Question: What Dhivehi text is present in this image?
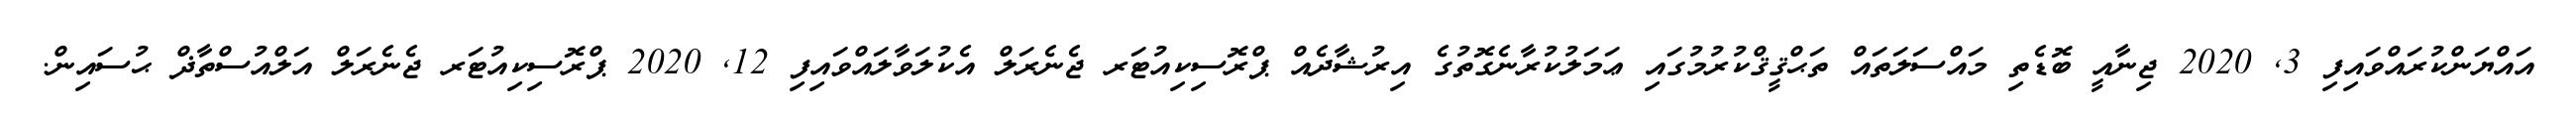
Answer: އައްޔަންކުރައްވައިފި 3, 2020 ޖިނާއީ ބޮޑެތި މައްސަލަތައް ތަޙްޤީޤްކުރުމުގައި ޢަމަލުކުރާނެގޮތުގެ އިރުޝާދެއް ޕްރޮސިކިއުޓަރ ޖެނެރަލް އެކުލަވާލައްވައިފި 12, 2020 ޕްރޮސިކިއުޓަރ ޖެނެރަލް އަލްއުސްތާޛް ޙުސައިން.